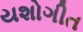
યશોગીત